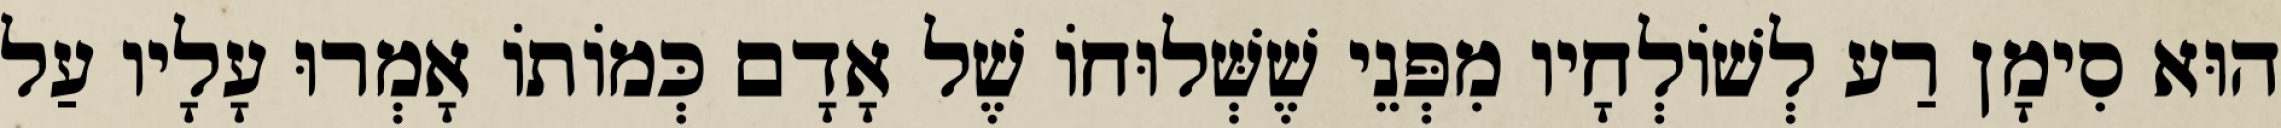
הוּא סִימָן רַע לְשׁוֹלְחָיו מִפְּנֵי שֶׁשְּׁלוּחוֹ שֶׁל אָדָם כְּמוֹתוֹ אָמְרוּ עָלָיו עַל